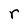
Character: r